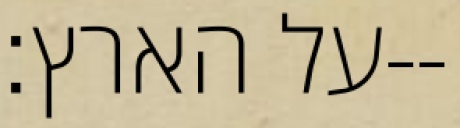
על הארץ׃--